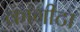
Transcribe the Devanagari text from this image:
कागीटा